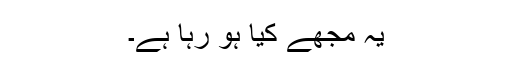
یہ مجھے کیا ہو رہا ہے۔